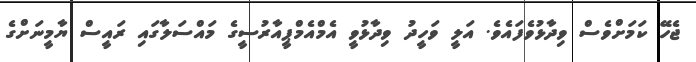
ޖެހޭ ކަމަށްވެސް ވިދާޅުވެފައެވެ. އަލީ ވަހީދު ވިދާޅުވީ އެމްއެމްޕީއާރުސީގެ މައްސަލާގައި ރައީސް ޔާމީނަށްގެ